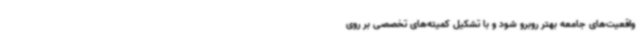
واقعیت‌های جامعه بهتر روبرو شود و با تشکیل کمیته‌های تخصصی بر روی